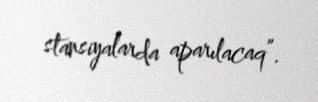
stansiyalarda aparılacaq”.